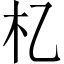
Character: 𣎷